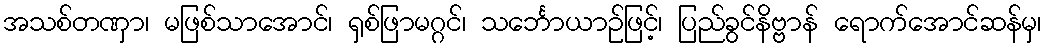
အသစ်တဏှာ၊ မဖြစ်သာအောင်၊ ရှစ်ဖြာမဂ္ဂင်၊ သင်္ဘောယာဉ်ဖြင့်၊ ပြည်ခွင်နိဗ္ဗာန် ရောက်အောင်ဆန်မှ၊